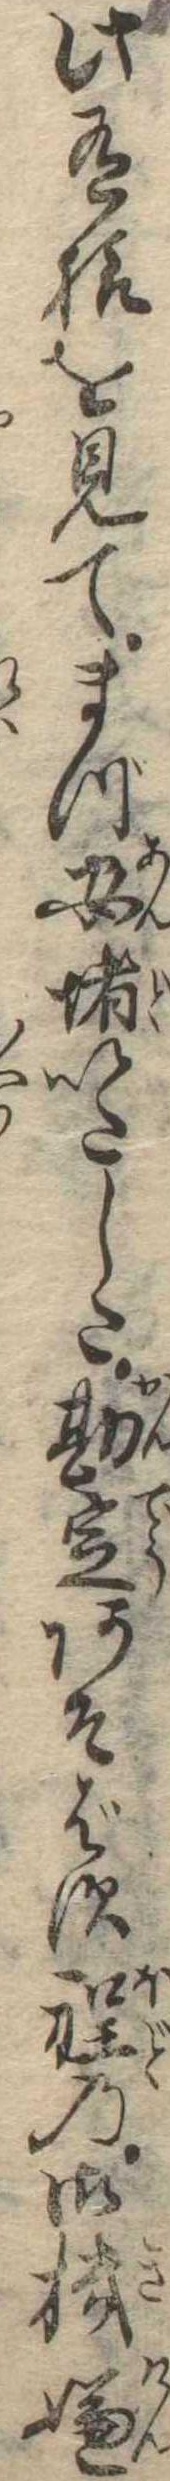
此有様を見てまづ安堵いたした勘定あそばす程の御機嫌